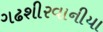
ગઢશીરવાનીયા